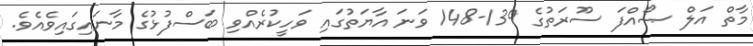
މާތް އަލް ޞޯއްފަ ސޫރަތުގެ 139-148 ވަނަ އާޔަތުގައި ވަހީކުރެއްވި ބަސްފުޅުގެ މާނައިގައިވެއެވެ.